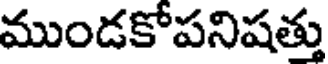
ముండకోపనిషత్తు